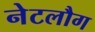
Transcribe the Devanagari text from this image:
नेटलौग